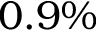
0 . 9 \%